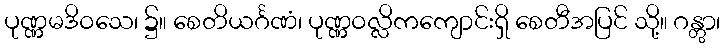
ပုဏ္ဏမဒိဝသေ၊ ၌။ စေတိယင်္ဂဏံ၊ ပုဏ္ဏဝလ္လိကကျောင်းရှိ စေတီအပြင် သို့။ ဂန္တွာ၊